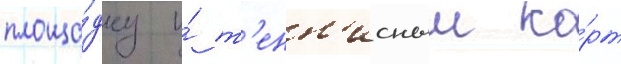
площа́дку и́ т'енн'исныи ко́рт